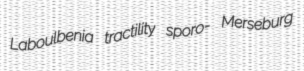
Laboulbenia tractility sporo- Merseburg